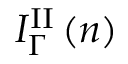
I _ { \Gamma } ^ { \mathrm { I I } } \left( n \right)